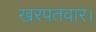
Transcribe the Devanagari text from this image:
खरपतवार।